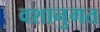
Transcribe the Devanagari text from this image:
वशानुगत